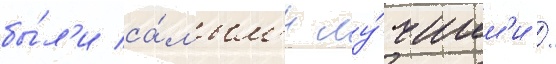
бы́л'и са́мым'и лу́чшим'и /